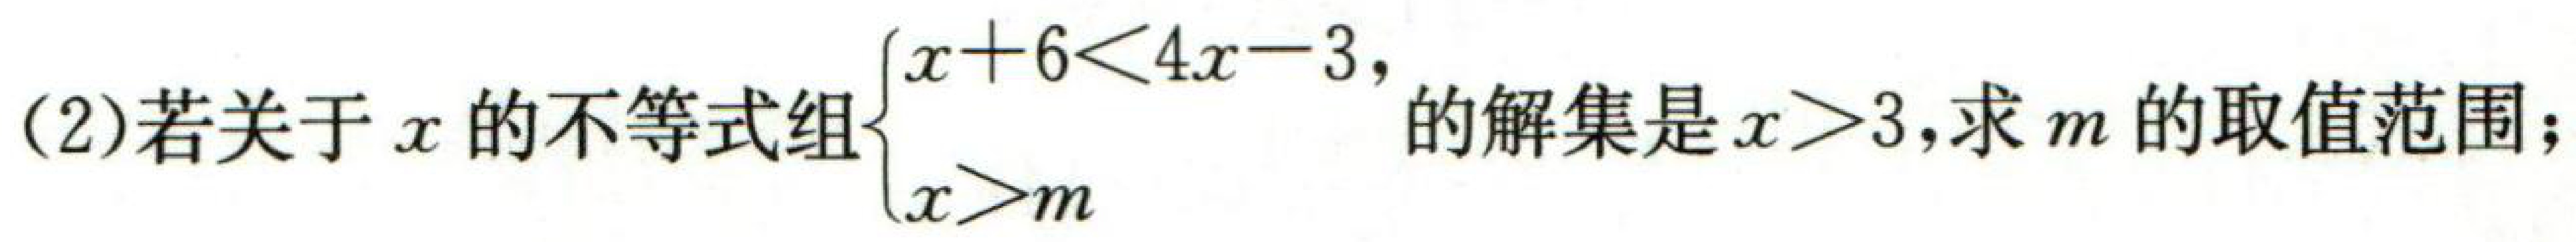
(2)若关于\(x\)的不等式组\(\begin{cases}x + 6<4x - 3, \\x>m\end{cases}\)的解集是\(x>3\),求\(m\)的取值范围;